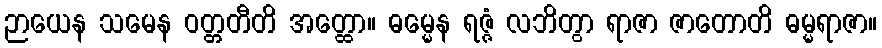
ဉာယေန သမေန ဝတ္တတီတိ အတ္ထော။ ဓမ္မေန ရဇ္ဇံ လဘိတွာ ရာဇာ ဇာတောတိ ဓမ္မရာဇာ။